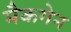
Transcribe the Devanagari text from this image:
मैकगेन